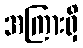
အကြားရှိ